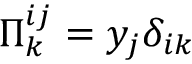
\Pi _ { k } ^ { i j } = y _ { j } \delta _ { i k }